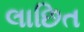
લાછિત